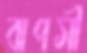
ঝপসী